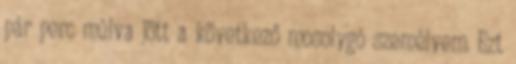
pár perc múlva jött a következő mosolygó személyem. Ezt